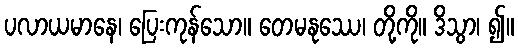
ပလာယမာနေ၊ ပြေးကုန်သော။ တေမနုဿေ၊ တို့ကို။ ဒိသွာ၊ ၍။